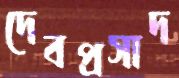
দেবপ্রসাদ